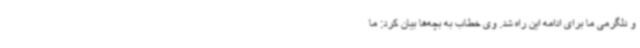
و دلگرمی ما برای ادامه این راه شد. وی خطاب به بچه‌ها بیان کرد: ما